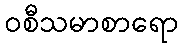
ဝစီသမာစာရော